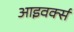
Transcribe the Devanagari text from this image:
आइवर्क्स